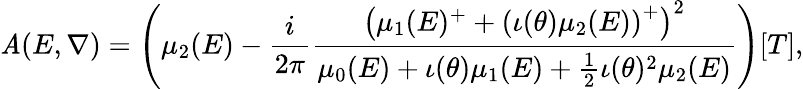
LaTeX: \mathit{A}(E,\nabla)=\left(\mu_{2}(E)-\frac{{i}}{{2\pi}}\frac{{\left(\mu_{1}(E)^{+}+\left(\iota(\theta)\mu_{2}(E)\right)^{+}\right)^{2}}}{{\mu_{0}(E)+\iota(\theta)\mu_{1}(E)+\frac{{1}}{{2}}\iota(\theta)^{2}\mu_{2}(E)}}\right)[T],